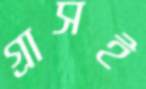
গ্রাসই